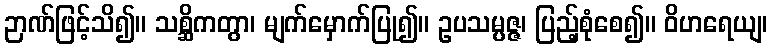
ဉာဏ်ဖြင့်သိ၍။ သစ္ဆိကတွာ၊ မျက်မှောက်ပြု၍။ ဥပသမ္ပဇ္ဇ၊ ပြည့်စုံစေ၍။ ဝိဟရေယျ၊